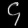
Digit: ၄